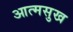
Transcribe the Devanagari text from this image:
आत्मसुख